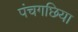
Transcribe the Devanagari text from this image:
पंचगछिया